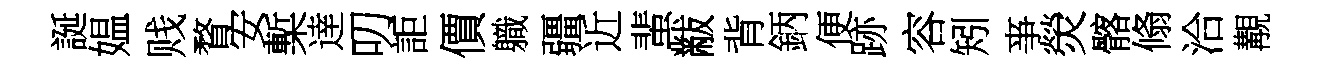
誕媪贱瞀安槧逹叨詎價軄疆近蜚黻背鈵便跡容矧亊熒髂翛洽覯